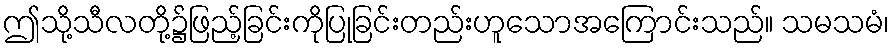
ဤသို့သီလတို့၌ဖြည့်ခြင်းကိုပြုခြင်းတည်းဟူသောအကြောင်းသည်။ သမသမံ၊